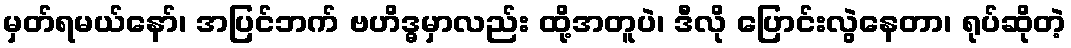
မှတ်ရမယ်နော်၊ အပြင်ဘက် ဗဟိဒ္ဓမှာလည်း ထို့အတူပဲ၊ ဒီလို ပြောင်းလွဲနေတာ၊ ရုပ်ဆိုတဲ့